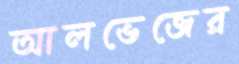
আলভেজের